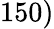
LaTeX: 150)